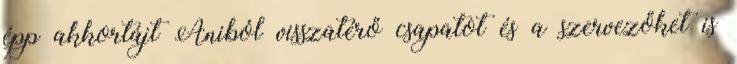
épp akkortájt Aniból visszatérő csapatot és a szervezőket is